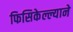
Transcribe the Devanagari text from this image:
फिसिकेल्ल्याने